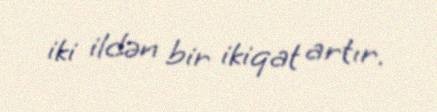
iki ildən bir ikiqat artır.